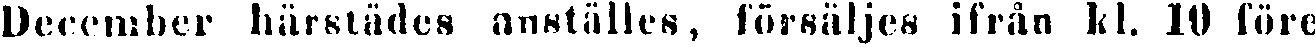
December härstädes anställes, försäljes ifrån kl. 10 före